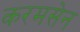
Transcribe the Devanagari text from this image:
करमसेन